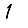
Digit: 1